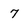
Character: 7